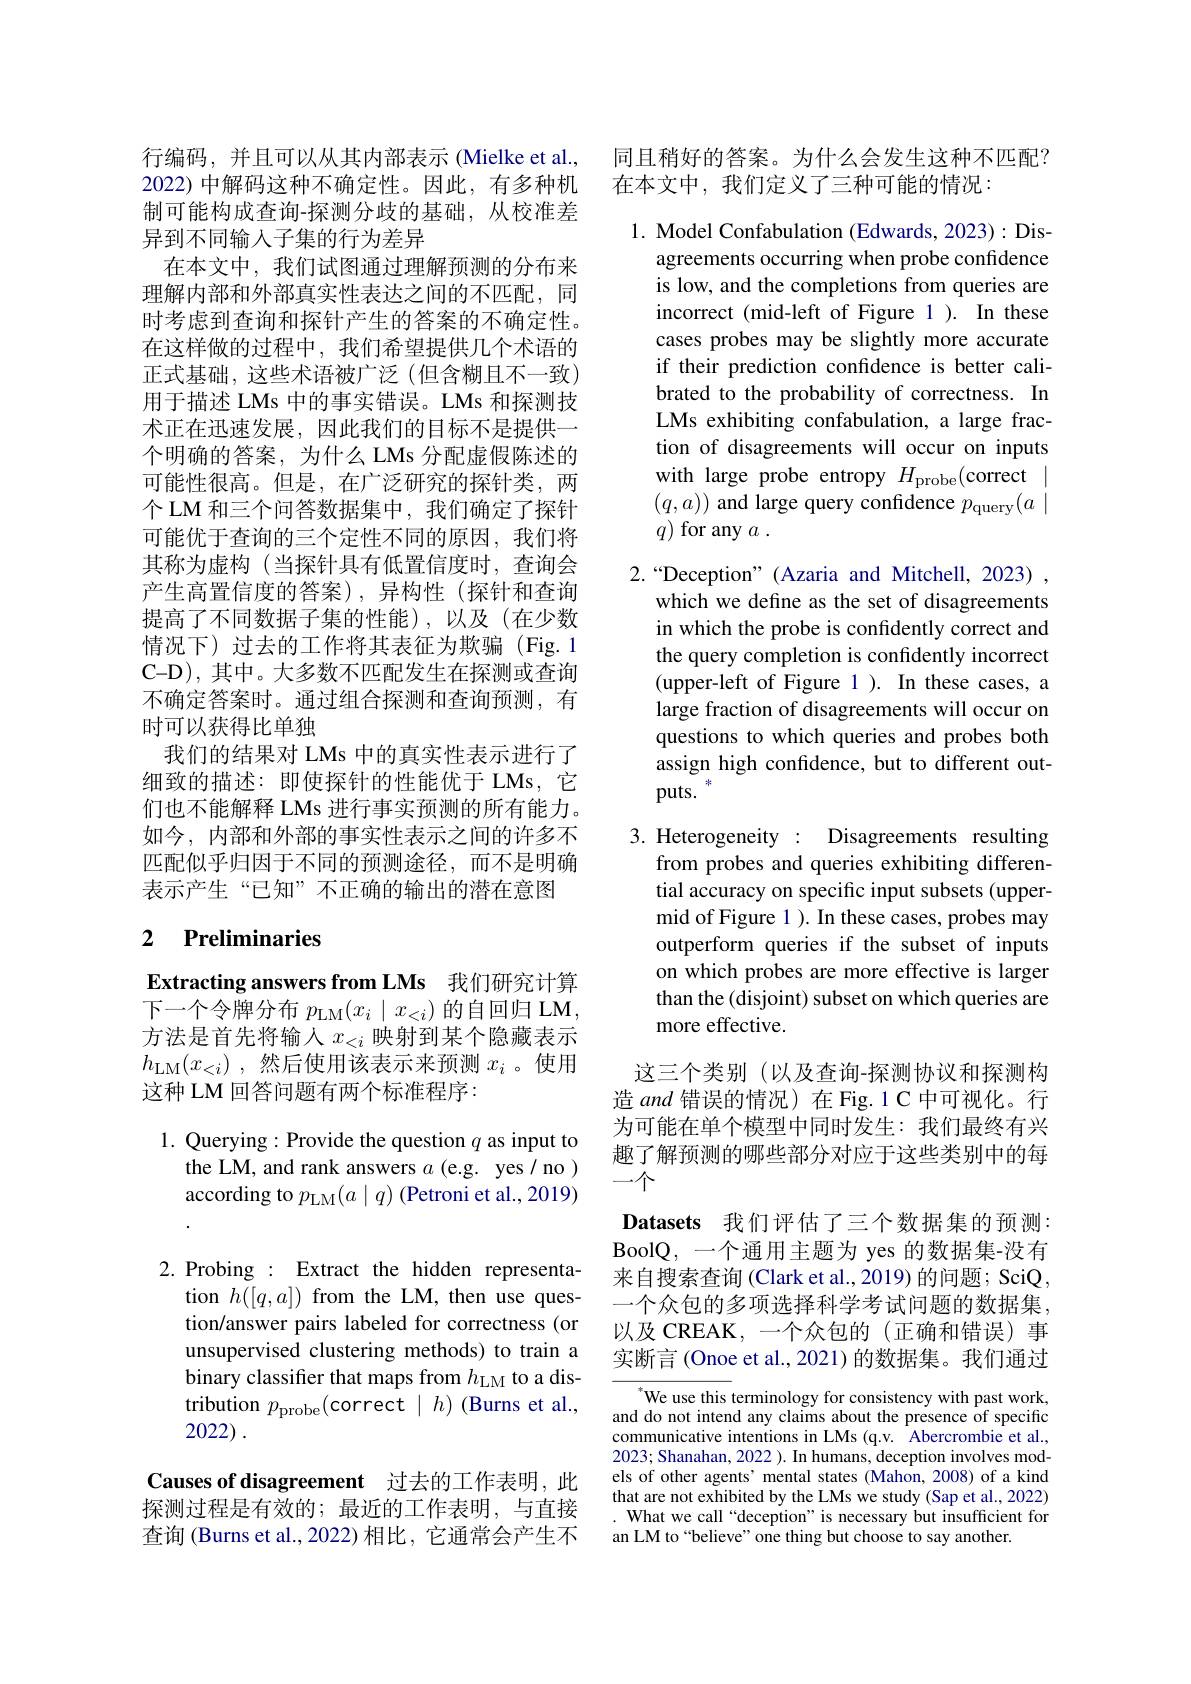
行编码，并且可以从其内部表示(Mielke et al., 2022) 中解码这种不确定性。因此，有多种机制可能构成查询-探测分歧的基础，从校准差异到不同输入子集的行为差异
在本文中，我们试图通过理解预测的分布来理解内部和外部真实性表达之间的不匹配，同时考虑到查询和探针产生的答案的不确定性。在这样做的过程中，我们希望提供几个术语的正式基础，这些术语被广泛(但含糊且不一致) 用于描述 LMs 中的事实错误。LMs 和探测技术正在迅速发展，因此我们的目标不是提供一个明确的答案，为什么 LMs 分配虚假陈述的可能性很高。但是，在广泛研究的探针类，两个 LM 和三个问答数据集中，我们确定了探针可能优于查询的三个定性不同的原因，我们将其称为虚构(当探针具有低置信度时，查询会产生高置信度的答案),异构性(探针和查询提高了不同数据子集的性能),以及(在少数情况下)过去的工作将其表征为欺骗(Fig.1 C-D), 其中。大多数不匹配发生在探测或查询不确定答案时。通过组合探测和查询预测，有时可以获得比单独
我们的结果对 LMs 中的真实性表示进行了细致的描述：即使探针的性能优于 LMs,它们也不能解释 LMs 进行事实预测的所有能力。如今，内部和外部的事实性表示之间的许多不匹配似乎归因于不同的预测途径，而不是明确表示产生“已知”不正确的输出的潜在意图

### 2 $\textbf{Preliminaries}$

Extracting answers from LMs 我们研究计算下一个令牌分布$p_\mathrm{LM}(x_i\mid x_{<i})$的自回归 LM, 方法是首先将输人$x_<i$映射到某个隐藏表示$h_{\mathrm{LM}}( x_{< i})$ ,然后使用该表示来预测 $x_i$ 。使用这种 LM 回答问题有两个标准程序：

1. Querying:Provide the question$q$ as input to
the LM, and rank answers $a$ (e.g. yes/ no ) according to $p_\mathrm{LM}(a\mid q)$ (Petroni et al., 2019)
2.Probing : Extract the hidden representa-
tion $h([q,a])$ from the LM, then use question/answer pairs labeled for correctness (or unsupervised clustering methods) to train a binary classifier that maps from $h_\mathrm{LM}$ to a distribution $p_\mathrm{probe}($correct$\mid h)$ (Burns et al., 2022) .

Causes of disagreement 过去的工作表明，此探测过程是有效的；最近的工作表明，与直接查询 (Burns et al.,2022)相比，它通常会产生不

同且稍好的答案。为什么会发生这种不匹配？
在本文中，我们定义了三种可能的情况：

1. Model Confabulation (Edwards, 2023): Dis-
agreements occurring when probe confidence is low, and the completions from queries are incorrect (mid-left of Figure 1 ). In these cases probes may be slightly more accurate if their prediction confidence is better calibrated to the probability of correctness. In LMs exhibiting confabulation, a large fraction of disagreements will occur on inputs with large probe entropy $H_\mathrm{probe}($correct $(q,a))$ and large query confidence $p_\mathrm{query}(a\mid$ $q)$ for any $a.$

$2.“$Deception”(Azaria and Mitchell, 2023) ,
which we define as the set of disagreements in which the probe is confidently correct and the query completion is confidently incorrect (upper-left of Figure 1 ). In these cases, a large fraction of disagreements will occur on questions to which queries and probes both assign high confidence, but to different outputs.

3. Heterogeneity : Disagreements resulting
from probes and queries exhibiting differential accuracy on specific input subsets (uppermid of Figure 1 ). In these cases, probes may outperform queries if the subset of inputs on which probes are more effective is larger than the (disjoint) subset on which queries are more effective.

这三个类别 (以及查询-探测协议和探测构造and错误的情况)在 Fig.1 C 中可视化。行为可能在单个模型中同时发生：我们最终有兴趣了解预测的哪些部分对应于这些类别中的每一个
Datasets 我们评估了三个数据集的预测： BoolQ, 一个通用主题为 yes 的数据集-没有来自搜索查询 (Clark et al., 2019) 的问题；SciQ, 一个众包的多项选择科学考试问题的数据集以及 CREAK, 一个众包的(正确和错误)事实断言 (Onoe et al., 2021) 的数据集。我们通过

$^*$We use this terminology for consistency with past work, and do not intend any claims about the presence of specific communicative intentions in LMs (q.v. Abercrombie et al. 2023; Shanahan, 2022 ). In humans, deception involves mod els of other agents' mental states (Mahon, 2008) of a kind that are not exhibited by the LMs we study (Sap et al., 2022) . What we call “deception” is necessary but insufficient for an LM to “believe” one thing but choose to say another.